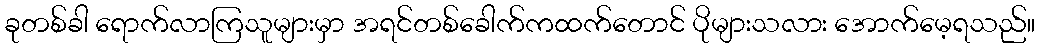
ခုတစ်ခါ ရောက်လာကြသူများမှာ အရင်တစ်ခေါက်ကထက်တောင် ပိုများသလား အောက်မေ့ရသည်။